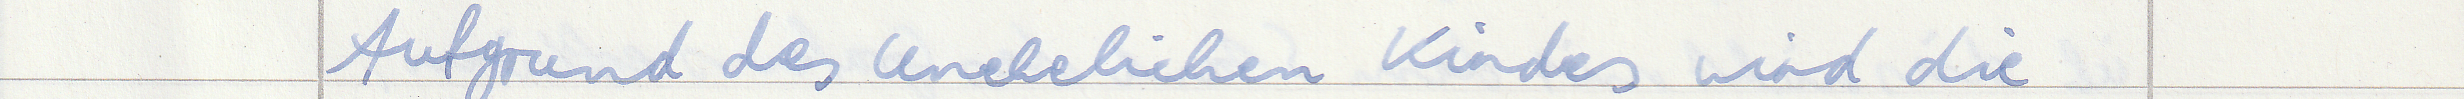
Aufgrund des unehelichen Kindes wird die